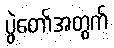
ပွဲတော်အတွက်